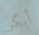
أبكر